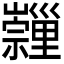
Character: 𡿂